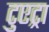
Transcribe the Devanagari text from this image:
टुएट्रा